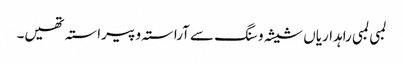
لمبی لمبی راہداریاں شیشہ و سنگ سے آراستہ و پیراستہ تھیں۔